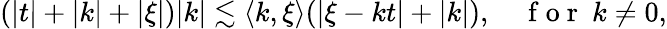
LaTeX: \begin{array}{r}{(|t|+|k|+|\xi|)|k|\lesssim\langle k,\xi\rangle(|\xi-kt|+|k|),\quad\mathrm{~f~o~r~}\ k\neq 0,}\end{array}